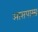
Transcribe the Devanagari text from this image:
आसपास्स